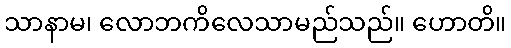
သာနာမ၊ လောဘကိလေသာမည်သည်။ ဟောတိ။